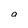
Character: o